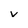
Character: v